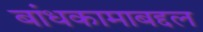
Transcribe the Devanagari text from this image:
बांधकामाबद्दल